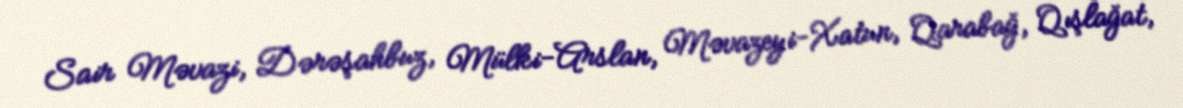
Sair Məvazi, Dərəşahbuz, Mülki-Arslan, Məvazeyi-Xatun, Qarabağ, Qışlağat,